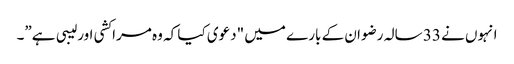
انہوں نے 33 سالہ رضوان کے بارے میں "دعوی کیا کہ وہ مراکشی اور لیبی ہے”۔